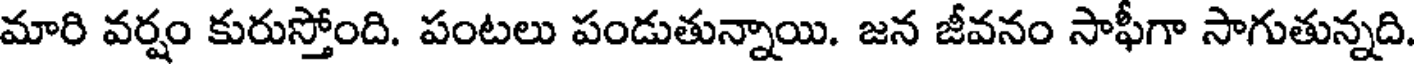
మారి వర్షం కురుస్తోంది. పంటలు పండుతున్నాయి. జన జీవనం సాఫీగా సాగుతున్నది